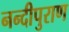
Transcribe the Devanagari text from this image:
नन्दीपुराण